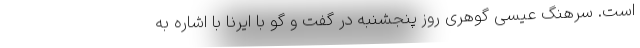
است. سرهنگ عیسی گوهری روز پنجشنبه در گفت و گو با ایرنا با اشاره به